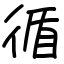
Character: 循